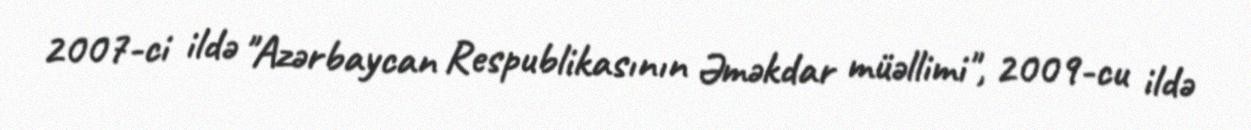
2007-ci ildə "Azərbaycan Respublikasının Əməkdar müəllimi", 2009-cu ildə